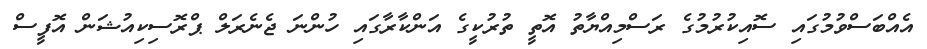
އެއްބަސްވުމުގައި ސޮއިކުރުމުގެ ރަސްމިއްޔާތު އޮތީ ތުރުކީގެ އަންކާރާގައި ހުންނަ ޖެނެރަލް ޕްރޮސިކިއުޝަން އޮފީސް